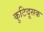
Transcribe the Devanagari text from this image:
कुटिदूसक